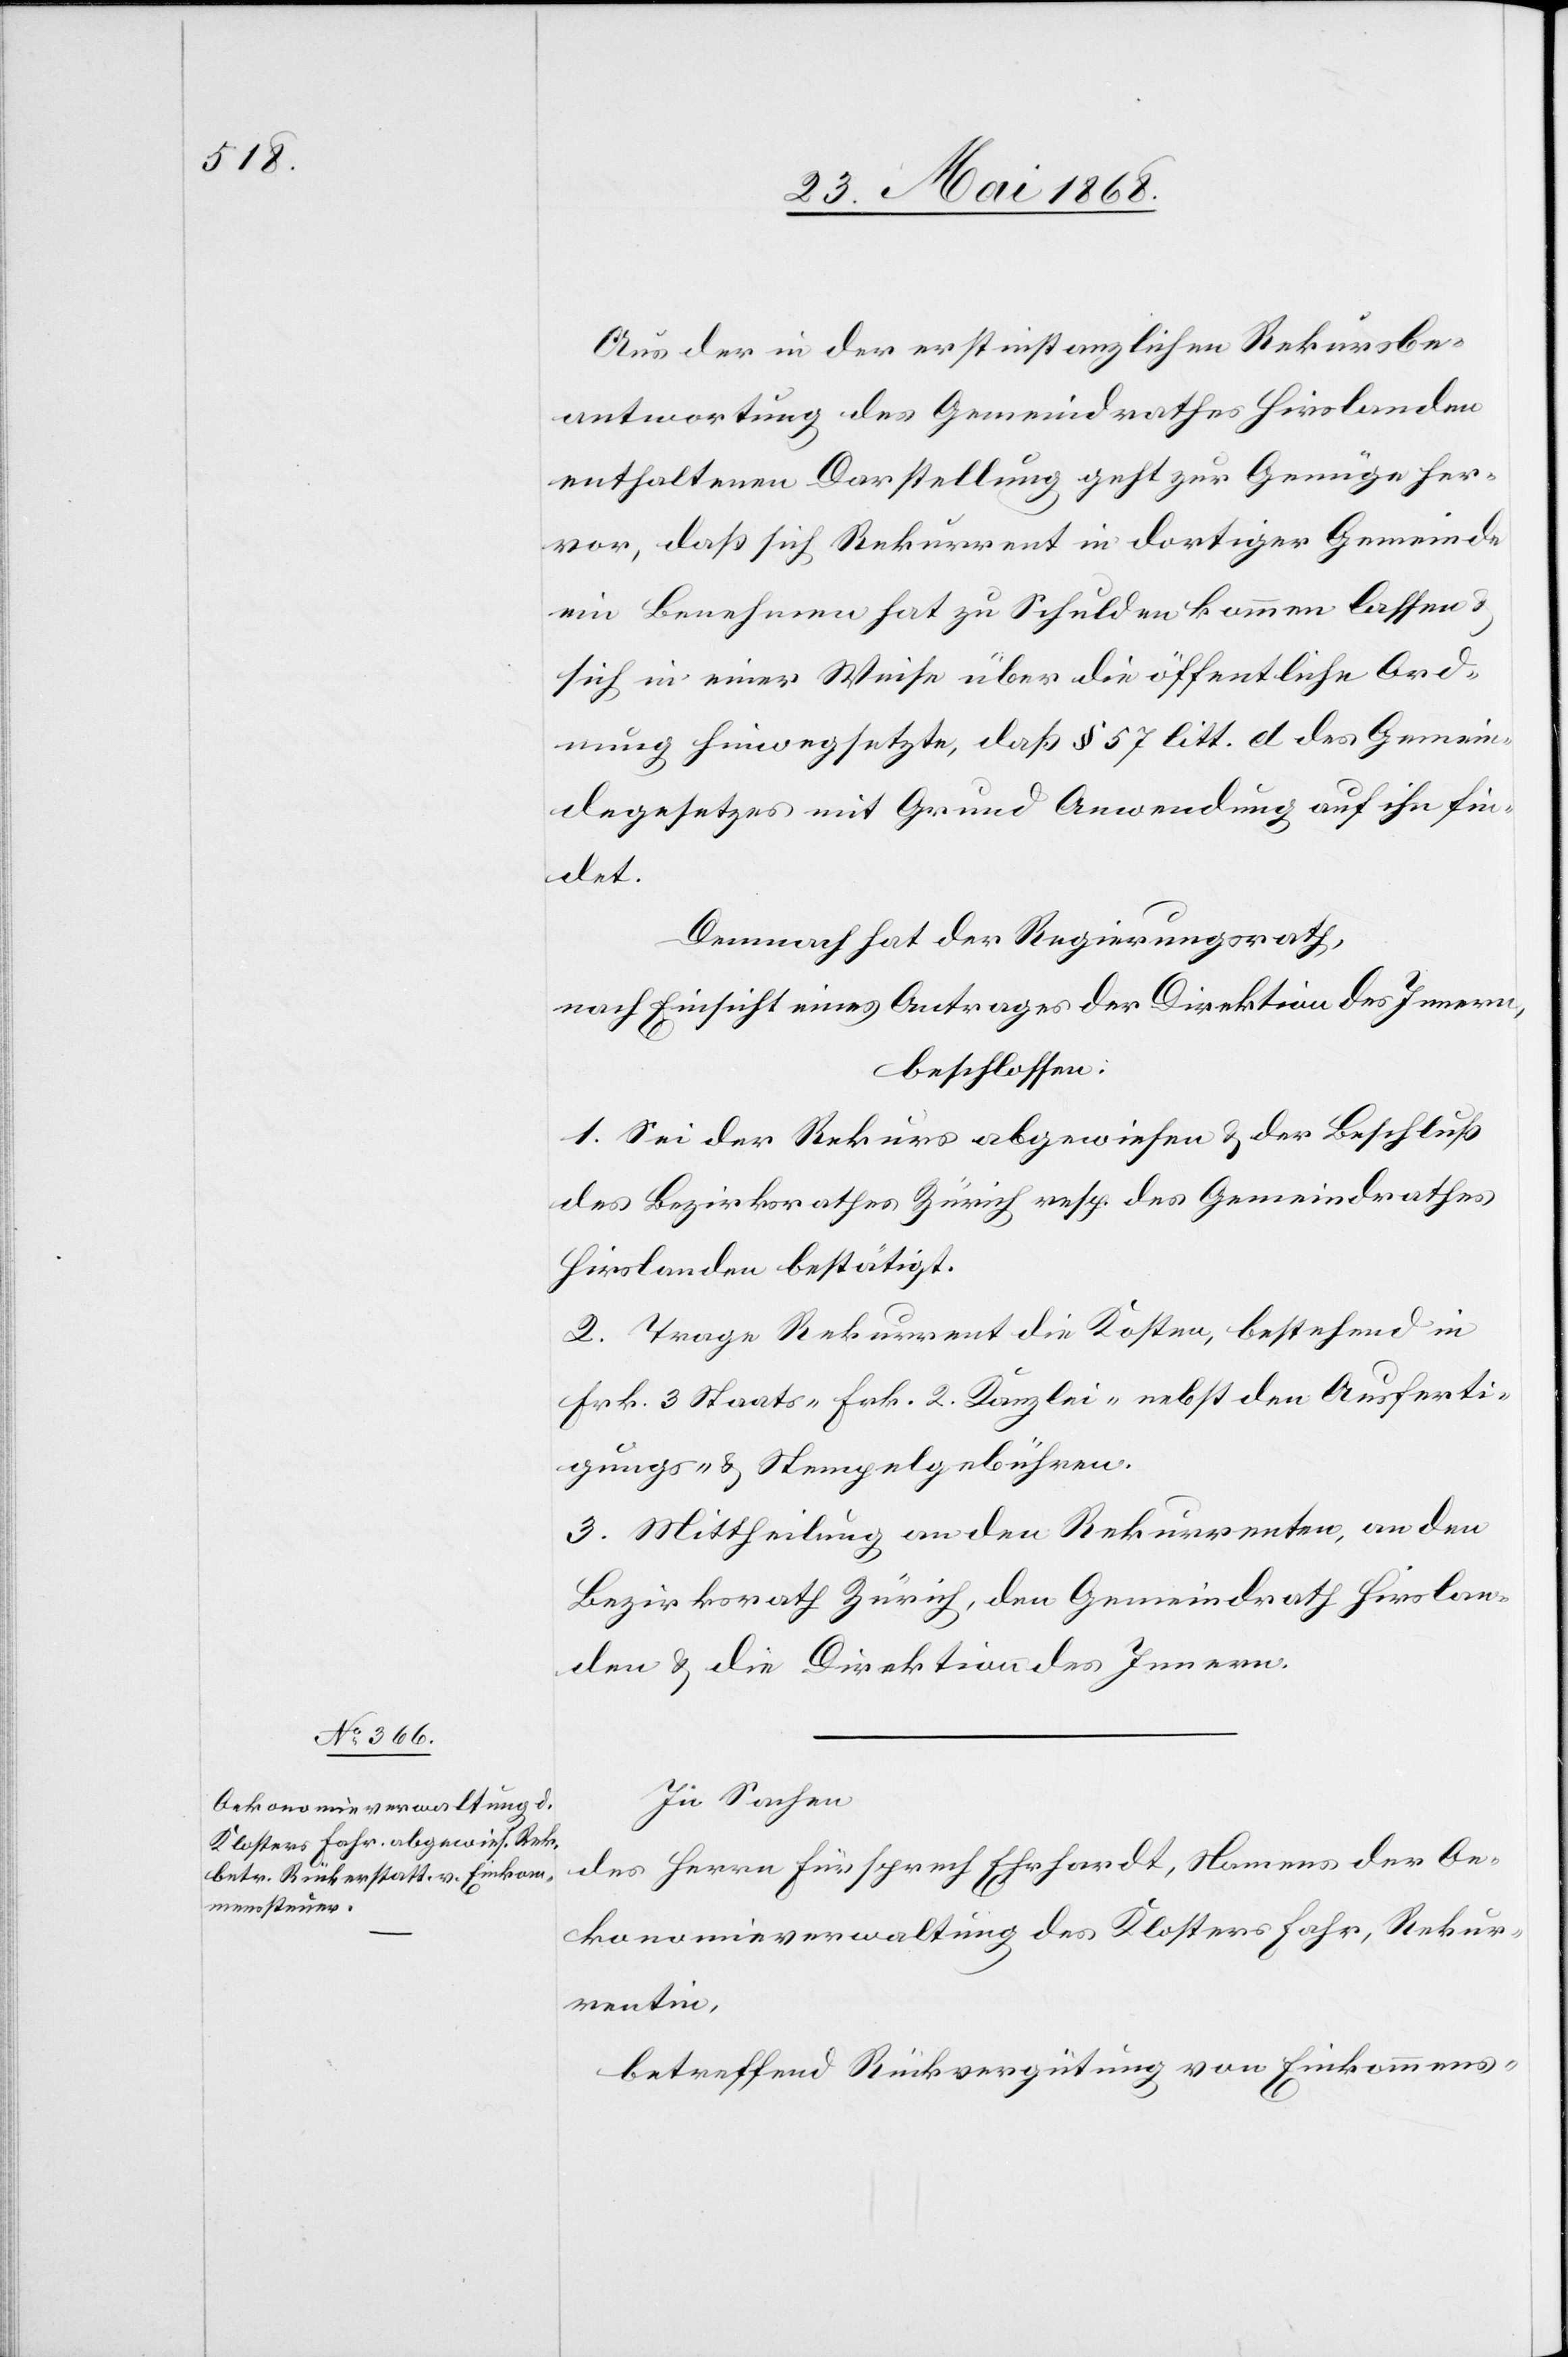
Aus der in der erstinstanzlichen Rekursbe¬
antwortung des Gemeindrathes Hirslanden
enthaltenen Darstellung geht zur Genüge her¬
vor, daß sich Rekurrent in dortiger Gemeinde
ein Benehmen hat zu Schulden kommen lassen &
sich in einer Weise über die öffentliche Ord¬
nung hinwegsetzte, daß § 57 litt. d des Gemein¬
degesetzes mit Grund Anwendung auf ihn fin¬
det.
Demnach hat der Regierungsrath,
nach Einsicht eines Antrages der Direktion des Innern,
beschlossen:
1. Sei der Rekurs abgewiesen & der Beschluß
des Bezirksrathes Zürich resp. des Gemeindrathes
Hirslanden bestätigt.
2. Trage Rekurrent die Kosten, bestehend in
Frk. 3 Staats-[,] Frk. 2 Kanzlei-[,] nebst den Ausferti¬
gungs- & Stempelgebühren.
3. Mittheilung an den Rekurrenten, an den
Bezirksrath Zürich, den Gemeindrath Hirslan¬
den & die Direktion des Innern.
In Sachen
des Herrn Fürsprech Ehrhardt, Namens der Oe¬
konomieverwaltung des Klosters Fahr, Rekur¬
rentin,
betreffend Rückvergütung von Einkommens-